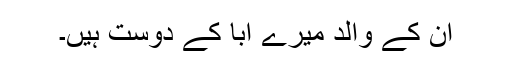
ان کے والد میرے ابا کے دوست ہیں۔